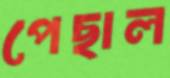
পেছাল